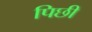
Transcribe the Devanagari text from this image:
पिछी